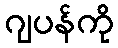
ဂျပန်ကို